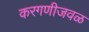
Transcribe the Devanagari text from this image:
करगणीजवळ